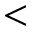
<